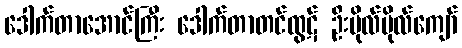
ဒေါက်တာအောင်ကြီး ဒေါက်တာတင်ထွဋ် ဦးဗိုလ်ဗိုလ်ကျော်